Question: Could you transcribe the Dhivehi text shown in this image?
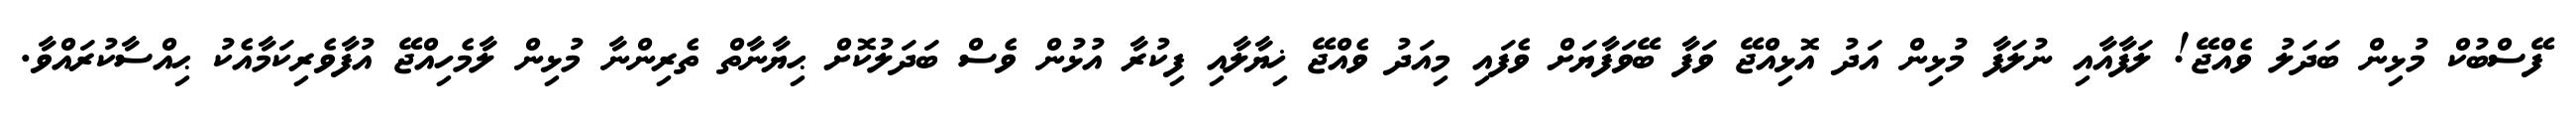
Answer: ފޭސްބުކް މުޅިން ބަދަލު ވެއްޖޭ! ލަފާއާއި ނުލަފާ މުޅިން އަދު އޮޅިއްޖޭ ވަފާ ބޭވަފާޔަށް ވެފައި މިއަދު ވެއްޖޭ ޚިޔާލާއި ފިކުރާ އުޅުން ވެސް ބަދަލުކޮށް ޙިޔާނާތް ތެރިންނާ މުޅިން ލާމެހިއްޖޭ އުފާވެރިކަމާއެކު ޙިއްސާކުރައްވާ.